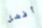
أفضل